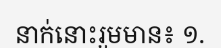
នាក់នោះរួមមាន៖ ១.